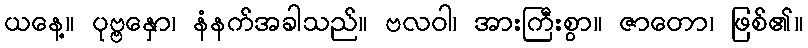
ယနေ့။ ပုဗ္ဗနှော၊ နံနက်အခါသည်။ ဗလဝါ၊ အားကြီးစွာ။ ဇာတော၊ ဖြစ်၏။